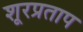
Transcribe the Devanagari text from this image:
शूरप्रताप